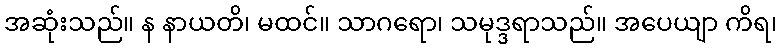
အဆုံးသည်။ န နာယတိ၊ မထင်။ သာဂရော၊ သမုဒ္ဒရာသည်။ အပေယျာ ကိရ၊